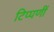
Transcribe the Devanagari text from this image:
टिप्पणीं